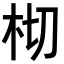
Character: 𣐆